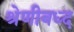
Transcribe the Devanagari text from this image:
श्रेणीबध्द